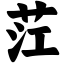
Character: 茳